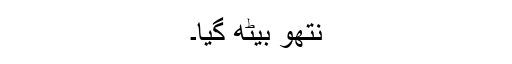
نتھو بیٹھ گیا۔